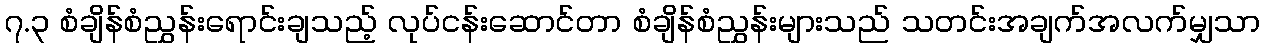
၇.၃ စံချိန်စံညွှန်းရောင်းချသည့် လုပ်ငန်းဆောင်တာ စံချိန်စံညွှန်းများသည် သတင်းအချက်အလက်မျှသာ